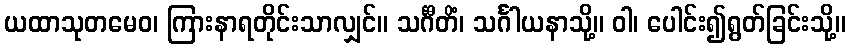
ယထာသုတမေဝ၊ ကြားနာရတိုင်းသာလျှင်။ သင်္ဂီတိံ၊ သင်္ဂါယနာသို့။ ဝါ၊ ပေါင်း၍ရွတ်ခြင်းသို့။